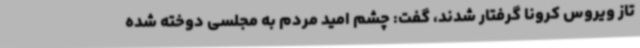
تاز ویروس کرونا گرفتار شدند، گفت: چشم امید مردم به مجلسی دوخته‌ شده